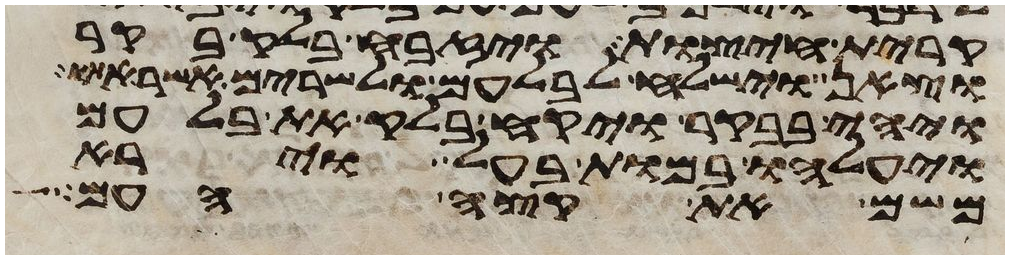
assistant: קרית חיצות ויזבח בלק בקר
וצאן וישלח לבלעם ולשרים אשר
ויהי בבקר ויקח בלק את בלעם
ויעלהו במות בעל וירא
משם את קצה העם